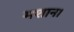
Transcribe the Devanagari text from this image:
मशान।